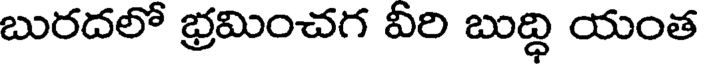
బురదలో భ్రమించగ వీరి బుద్ధి యంత